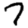
Digit: 7